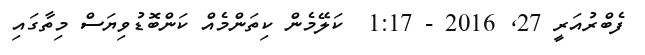
ފެބްރުއަރީ 27